38_143685_box_Incident_Summaries_101-172
Agency: Department of War
Page 61
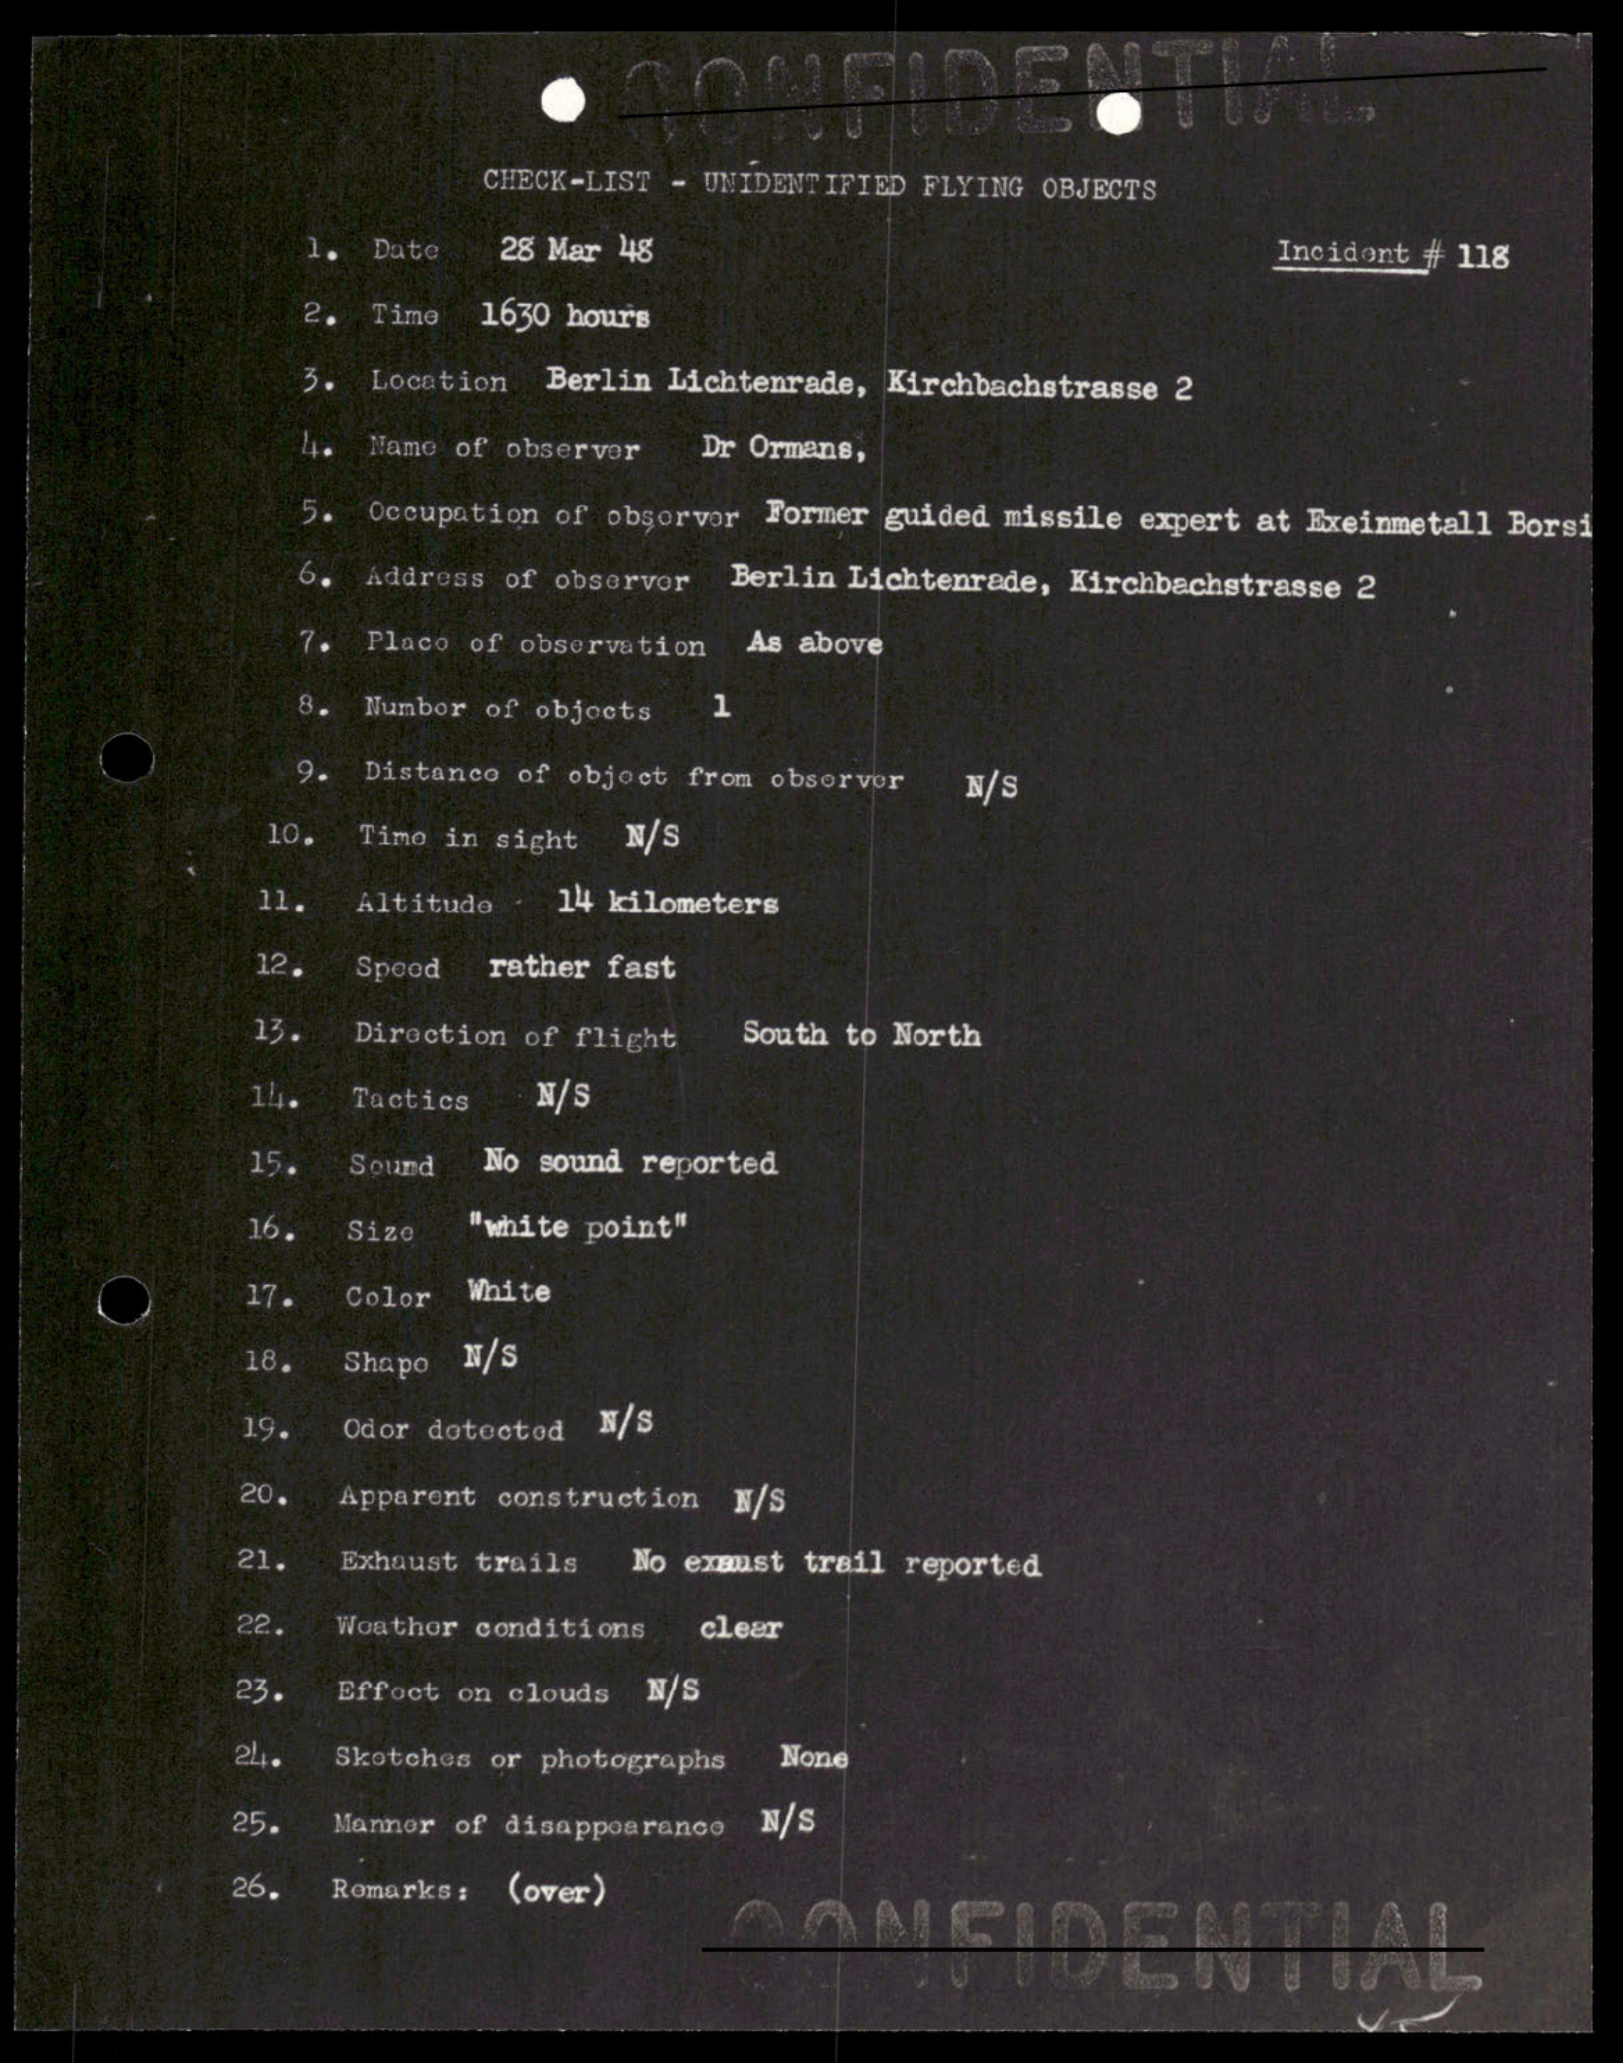